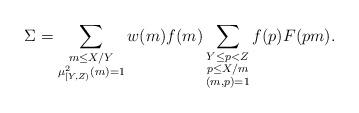
LaTeX: \begin{align*} \Sigma = \sum_{\substack{m \leq X/Y \\ \mu_{[Y,Z)}^2(m) = 1}} w(m) f(m) \sum_{\substack{Y \leq p < Z \\ p \leq X/m \\ (m,p)=1}} f(p) F(pm). \end{align*}